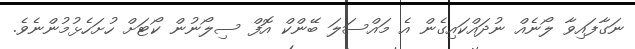
ނަގާފައިވާ ލޯނެއް ނުދައްކައިގެން އެ މައްސަލަ ބޭންކް އޮފް ސިލޯނުން ކޯޓަށް ހުށަހެޅުމުންނެވެ.